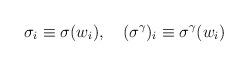
LaTeX: \begin{align*}\sigma_i \equiv \sigma(w_i), \quad (\sigma^\gamma)_i \equiv\sigma^\gamma (w_i)\end{align*}